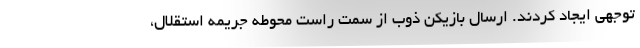
توجهی ایجاد کردند. ارسال بازیکن ذوب از سمت راست محوطه جریمه استقلال،